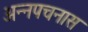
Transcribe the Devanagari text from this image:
अन्नपचनास